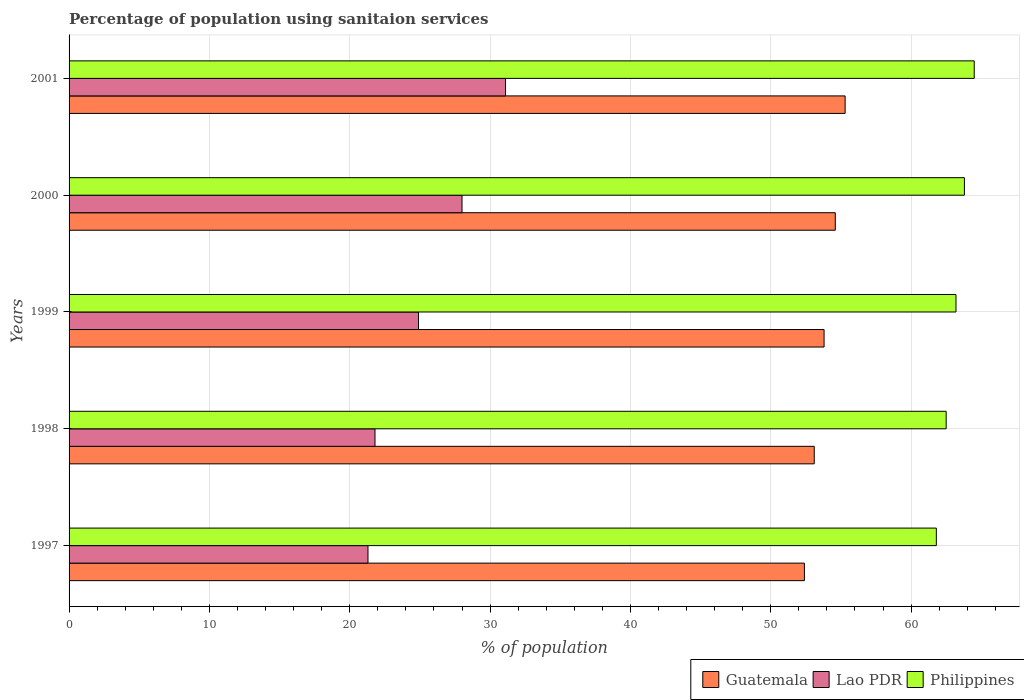
| Years | Guatemala | Lao PDR | Philippines |
 | --- | --- | --- | --- |
 | 1997 | 52.4 | 21.3 | 61.8 |
 | 1998 | 53.1 | 21.8 | 62.5 |
 | 1999 | 53.8 | 24.9 | 63.2 |
 | 2000 | 54.6 | 28 | 63.8 |
 | 2001 | 55.3 | 31.1 | 64.5 |